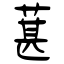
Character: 葚